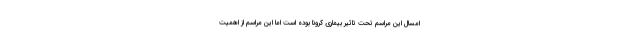
امسال این مراسم تحت تاثیر بیماری کرونا بوده است اما این مراسم از اهمیت